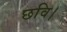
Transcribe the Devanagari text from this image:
छवि।